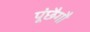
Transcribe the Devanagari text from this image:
पूंछैगौ